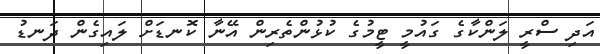
އަދި ސްރީ ލަންކާގެ ގައުމީ ޓީމުގެ ކުޅުންތެރިން އޭނާ ކޮނޑަށް ލައިގެން ދަނޑު